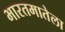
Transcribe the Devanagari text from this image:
भारतमातेला